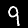
Digit: 9